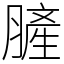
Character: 䐮